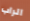
الراب